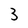
Character: 3